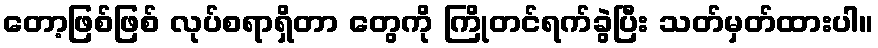
တော့ဖြစ်ဖြစ် လုပ်စရာရှိတာ တွေကို ကြိုတင်ရက်ခွဲပြီး သတ်မှတ်ထားပါ။